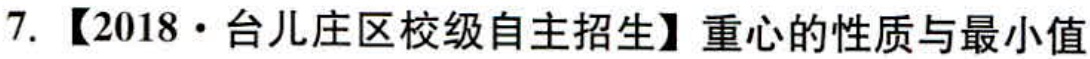
7. 【2018·台儿庄区校级自主招生】重心的性质与最小值